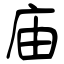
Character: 庙